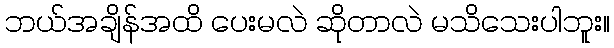
ဘယ်အချိန်အထိ ပေးမလဲ ဆိုတာလဲ မသိသေးပါဘူး။